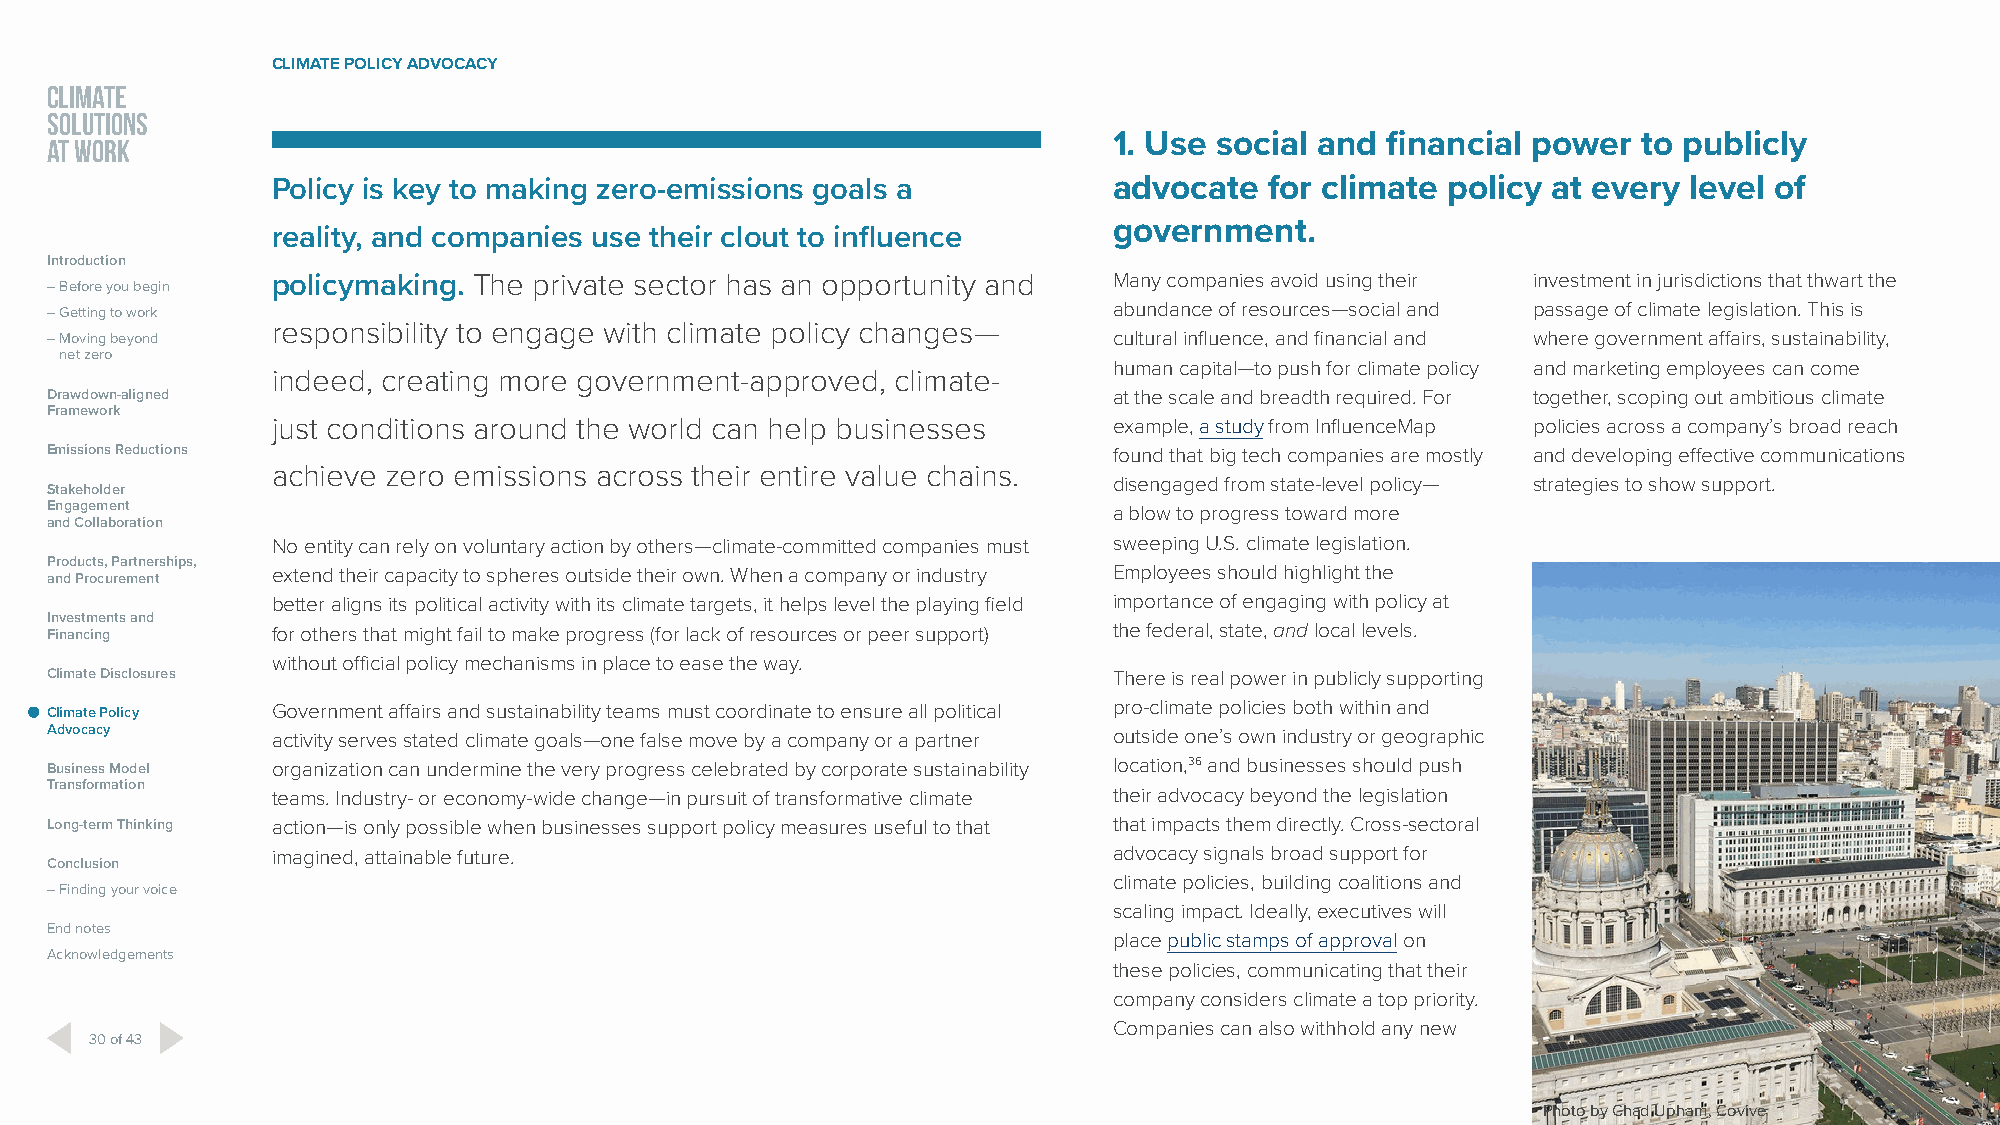
CLIMATE POLICY ADVOCACY
 CLIMATE
 SOLUTIONS
 AT WORK                                                                1. Use social and financial power  to publicly
 Policy is key to making zero-emissions goals a          advocate  for climate policy at every level of
 government.
 reality, and companies use their clout to influence
 Introduction
 – Before you begin policymaking. The private sector has an opportunity and Many companies avoid using their investment in jurisdictions that thwart the
 – Getting to work                                                      abundance of resources—social and passage of climate legislation. This is
 responsibility to engage with climate policy changes—
 – Moving beyond                                                        cultural influence, and financial and where government affairs, sustainability,
 net zero
 human capital—to push for climate policy and marketing employees can come
 indeed, creating more government-approved, climate-
 Drawdown-aligned                                                       at the scale and breadth required. For together, scoping out ambitious climate
 Framework
 just conditions around the world can help businesses    example, a study from InfluenceMap policies across a company’s broad reach
 Emissions Reductions                                                   found that big tech companies are mostly and developing effective communications
 achieve zero emissions across their entire value chains.
 disengaged from state-level policy— strategies to show support.
 Stakeholder
 Engagement                                                             a blow to progress toward more
 and Collaboration
 No entity can rely on voluntary action by others—climate-committed companies must sweeping U.S. climate legislation.
 Products, Partnerships,
 and Procurement extend their capacity to spheres outside their own. When a company or industry Employees should highlight the
 better aligns its political activity with its climate targets, it helps level the playing field importance of engaging with policy at
 Investments and
 Financing      for others that might fail to make progress (for lack of resources or peer support) the federal, state, and local levels.
 without official policy mechanisms in place to ease the way.
 Climate Disclosures                                                    There is real power in publicly supporting
 Climate Policy Government affairs and sustainability teams must coordinate to ensure all political pro-climate policies both within and
 Advocacy       activity serves stated climate goals—one false move by a company or a partner outside one’s own industry or geographic
 Business Model organization can undermine the very progress celebrated by corporate sustainability location,36 and businesses should push
 Transformation
 teams. Industry- or economy-wide change—in pursuit of transformative climate their advocacy beyond the legislation
 Long-term Thinking action—is only possible when businesses support policy measures useful to that that impacts them directly. Cross-sectoral
 imagined, attainable future.                            advocacy signals broad support for
 Conclusion
 climate policies, building coalitions and
 – Finding your voice
 scaling impact. Ideally, executives will
 End notes
 place public stamps of approval on
 Acknowledgements
 these policies, communicating that their
 company considers climate a top priority.
 Companies can also withhold any new
 30 of 43
 Photo by Chad Upham, Covive